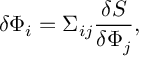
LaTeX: \delta \Phi _ { i } = \Sigma _ { i j } { \frac { \delta S } { \delta \Phi _ { j } } } ,